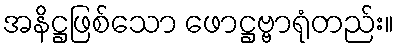
အနိဋ္ဌဖြစ်သော ဖောဋ္ဌဗ္ဗာရုံတည်း။